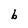
Character: b